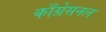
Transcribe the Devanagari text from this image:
काँग्रेसनल